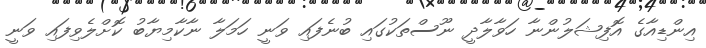
އިންޑިއާގެ އޮފިޝަލުންނާ ހަވާލާދީ ނޫސްތަކުގައި ބުނެފައި ވަނީ ހަމަލާ ނާކާމިޔާބު ކޮށްލެވިފައި ވަނީ